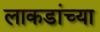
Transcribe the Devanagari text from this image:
लाकडांच्या